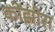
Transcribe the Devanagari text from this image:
कोंझीरा